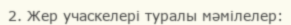
2. Жер учаскелері туралы мәмілелер: